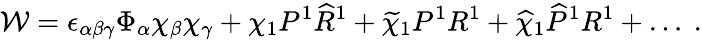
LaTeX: {\cal W}=\epsilon_{\alpha\beta\gamma}\Phi_{\alpha}\chi_{\beta}\chi_{\gamma}+\chi_{1}P^{1}{\widehat R}^{1}+{\widetilde\chi}_{1}P^{1}R^{1}+{\widehat\chi}_{1}{\widehat P}^{1}R^{1}+\dots~.